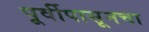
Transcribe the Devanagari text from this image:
पूर्वीपासूनचा